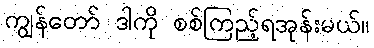
ကျွန်တော် ဒါကို စစ်ကြည့်ရအုန်းမယ်။